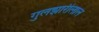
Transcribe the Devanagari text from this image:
गुलझारीलाल